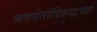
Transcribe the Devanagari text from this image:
भगवंतांविरुद्धच्या